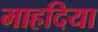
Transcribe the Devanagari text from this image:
माहदिया